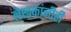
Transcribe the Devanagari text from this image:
लेखकांनीही